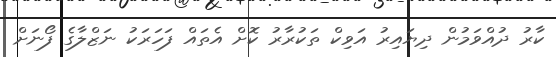
ކާރު ދުއްވަމުން ދިޔައިރު އަވިކް ތަކުރާރު ކޮށް އެތައް ފަހަރަކު ނަޒްލާގެ ފޯނަށް